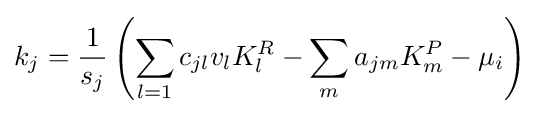
k_{j}={\frac {1}{s_{j}}}\left(\sum _{l=1}c_{jl}v_{l}K_{l}^{R}-\sum _{m}a_{jm}K_{m}^{P}-\mu _{i}\right)